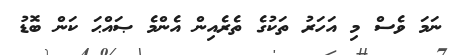
ނަމަ ވެސް މި އަހަރު ތަކުގެ ތެރެއިން އެންމެ ޞައްޙަ ކަން ބޮޑު